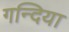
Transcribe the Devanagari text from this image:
गन्दिया